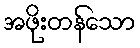
အဖိုးတန်သော